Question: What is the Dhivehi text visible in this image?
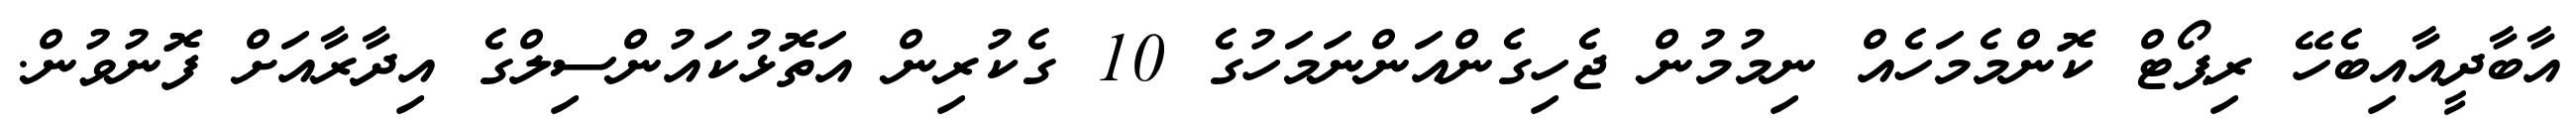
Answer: އާބާދީއާއިބެހޭ ރިޕޯޓް ކޮންމެމަހެއް ނިމުމުން ޖެހިގެންއަންނަމަހުގެ 10 ގެކުރިން އަތޮޅުކައުންސިލްގެ އިދާރާއަށް ފޮނުވުން.